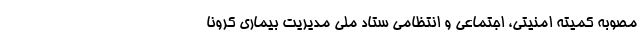
مصوبه کمیته امنیتی، اجتماعی و انتظامی ستاد ملی مدیریت بیماری کرونا